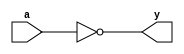
module notgate(a, y);

input a;
output y;

not not1(y, a);

endmodule